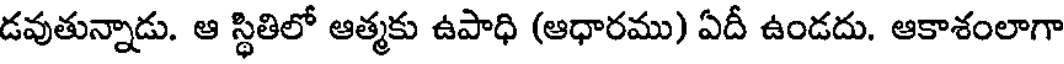
డవుతున్నాడు. ఆ స్థితిలో ఆత్మకు ఉపాధి (ఆధారము) ఏదీ ఉండదు. ఆకాశంలాగా